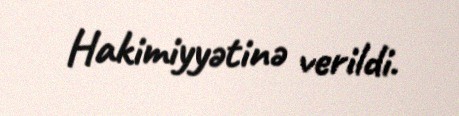
Hakimiyyətinə verildi.